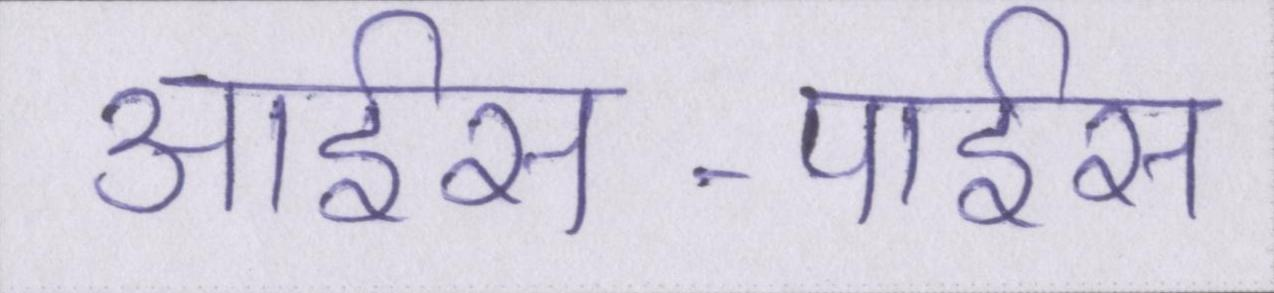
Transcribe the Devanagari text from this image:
आईस-पाईस